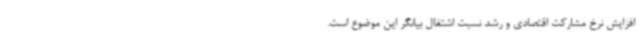
افزایش نرخ مشارکت اقتصادی و رشد نسبت اشتغال بیانگر این موضوع است.